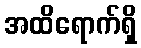
အထိရောက်ရှိ